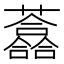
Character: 𧄮